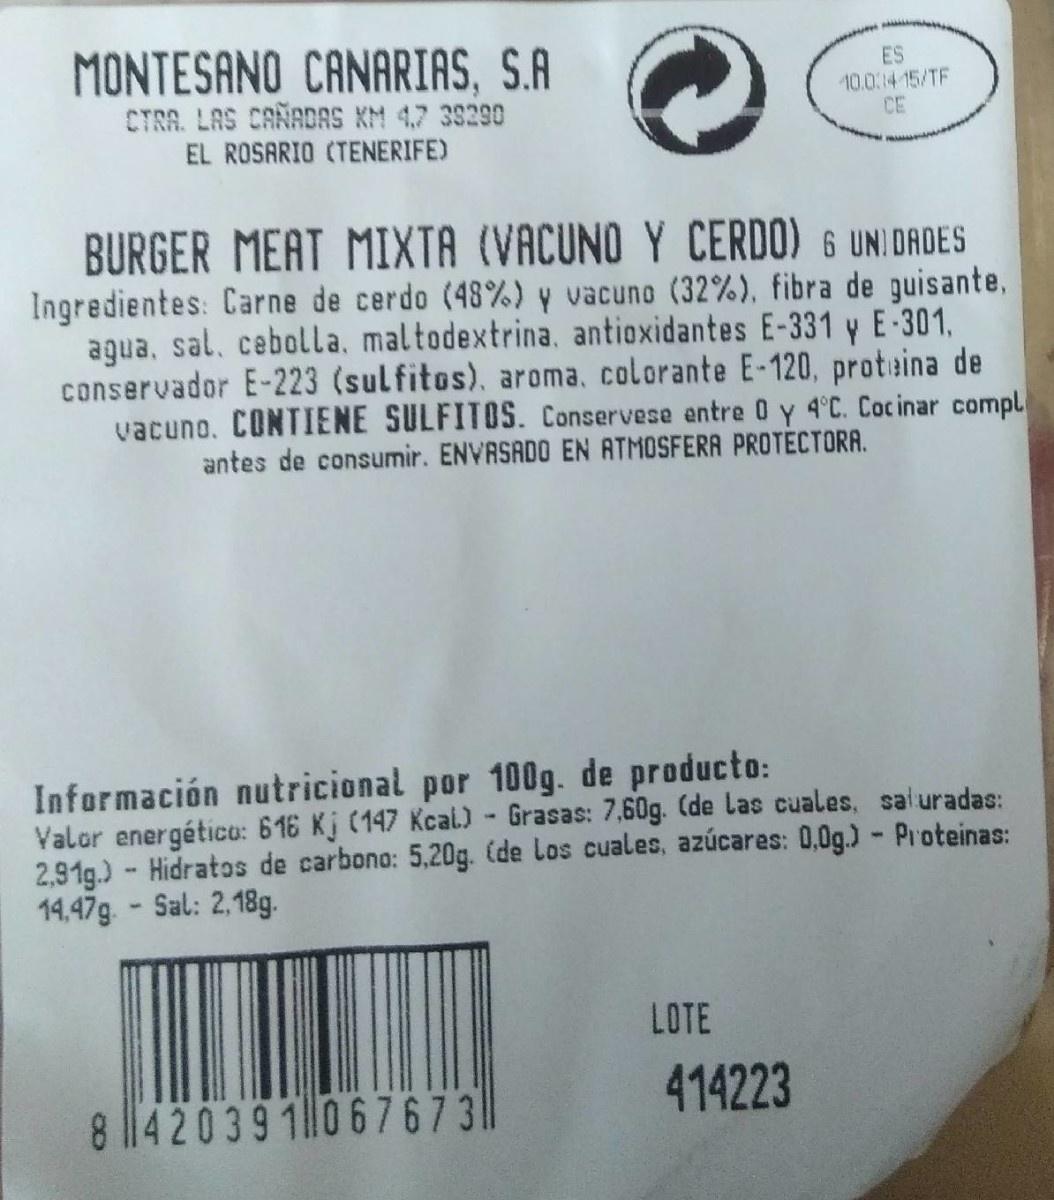
MONTESANO CANARIAS, S.A ES 10.014 15/TF CE CTRA. LAS CAÑADAS KM 4,7 38290 EL ROSARIO (TENERIFE) BURGER MEAT MIXTA (VACUNO Y CERDO) 6 UNI DADES Ingredientes: Carne de cerdo (48%)y vacuno (32%), fibra de guisante, agua, sal, cebolla, maltodextrina, antioxidantes E-331 y E-301, conservador E-223 (sulfitos), aroma, colorante E-120, protaina de vacuno. CONTIENE SULFITOS. Conservese entre 0 y 4°C. Cocinar compl antes de consumir. ENVASADO EN ATMOSFERA PROTECTORA. Información nutricional por 100g. de producto: Valor energético: 616 Kj (147 Kcal.) - Grasas: 7,60g. (de las cuales, saluradas: 2,91g.) - Hidratos de carbono: 5,20g. (de Los cuales, azúcares: 0,0g.) - Proteinas: 14,47g. - Sal: 2,18g. LOTE 414223 8 420391 06767 3